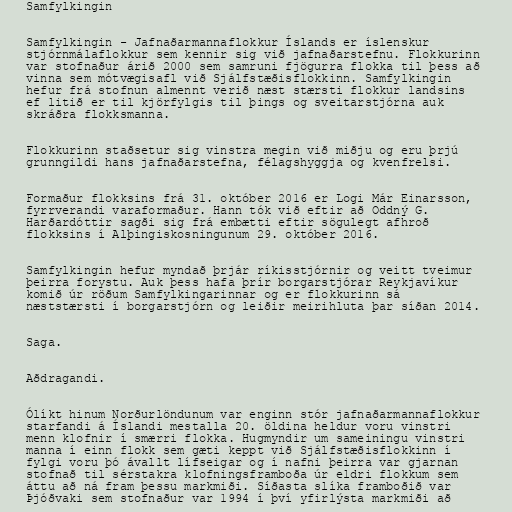
Samfylkingin

Samfylkingin - Jafnaðarmannaflokkur Íslands er íslenskur
stjórnmálaflokkur sem kennir sig við jafnaðarstefnu. Flokkurinn
var stofnaður árið 2000 sem samruni fjögurra flokka til þess að
vinna sem mótvægisafl við Sjálfstæðisflokkinn. Samfylkingin
hefur frá stofnun almennt verið næst stærsti flokkur landsins
ef litið er til kjörfylgis til þings og sveitarstjórna auk
skráðra flokksmanna.

Flokkurinn staðsetur sig vinstra megin við miðju og eru þrjú
grunngildi hans jafnaðarstefna, félagshyggja og kvenfrelsi.

Formaður flokksins frá 31. október 2016 er Logi Már Einarsson,
fyrrverandi varaformaður. Hann tók við eftir að Oddný G.
Harðardóttir sagði sig frá embætti eftir sögulegt afhroð
flokksins í Alþingiskosningunum 29. október 2016.

Samfylkingin hefur myndað þrjár ríkisstjórnir og veitt tveimur
þeirra forystu. Auk þess hafa þrír borgarstjórar Reykjavíkur
komið úr röðum Samfylkingarinnar og er flokkurinn sá
næststærsti í borgarstjórn og leiðir meirihluta þar síðan 2014.

Saga.

Aðdragandi.

Ólíkt hinum Norðurlöndunum var enginn stór jafnaðarmannaflokkur
starfandi á Íslandi mestalla 20. öldina heldur voru vinstri
menn klofnir í smærri flokka. Hugmyndir um sameiningu vinstri
manna í einn flokk sem gæti keppt við Sjálfstæðisflokkinn í
fylgi voru þó ávallt lífseigar og í nafni þeirra var gjarnan
stofnað til sérstakra klofningsframboða úr eldri flokkum sem
áttu að ná fram þessu markmiði. Síðasta slíka framboðið var
Þjóðvaki sem stofnaður var 1994 í því yfirlýsta markmiði að